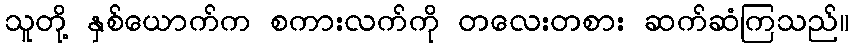
သူတို့ နှစ်ယောက်က စကားလက်ကို တလေးတစား ဆက်ဆံကြသည်။